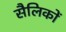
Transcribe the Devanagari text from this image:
सैलिकों